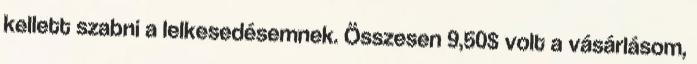
kellett szabni a lelkesedésemnek. Összesen 9,50$ volt a vásárlásom,